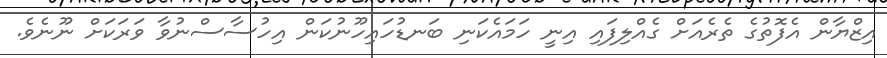
އިޒްޔާން އެފޮތުގެ ތެރެއަށް ގެއްލިފައި އިނީ ހަމައެކަނި ބަނޑުހައިހޫނުކަން އިހުސާސްނުވާ ވަރަކަށް ނޫނެވެ.